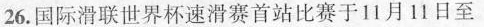
26. 国际滑联世界杯速滑赛首站比赛于11月11日至